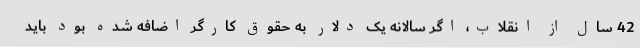
42 سال از انقلاب، اگر سالانه یک دلار به حقوق کارگر اضافه شده بود باید